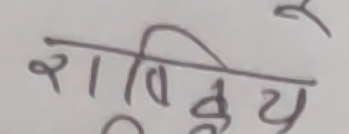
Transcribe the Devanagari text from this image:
राकिशय